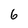
Character: 6